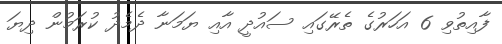
ފާއިތުވި 6 އަހަރުގެ ތެރޭގައި ސައުދީ އާއި ޔަމަނާ ދެމެދު ކުރަމުން ދިޔަ